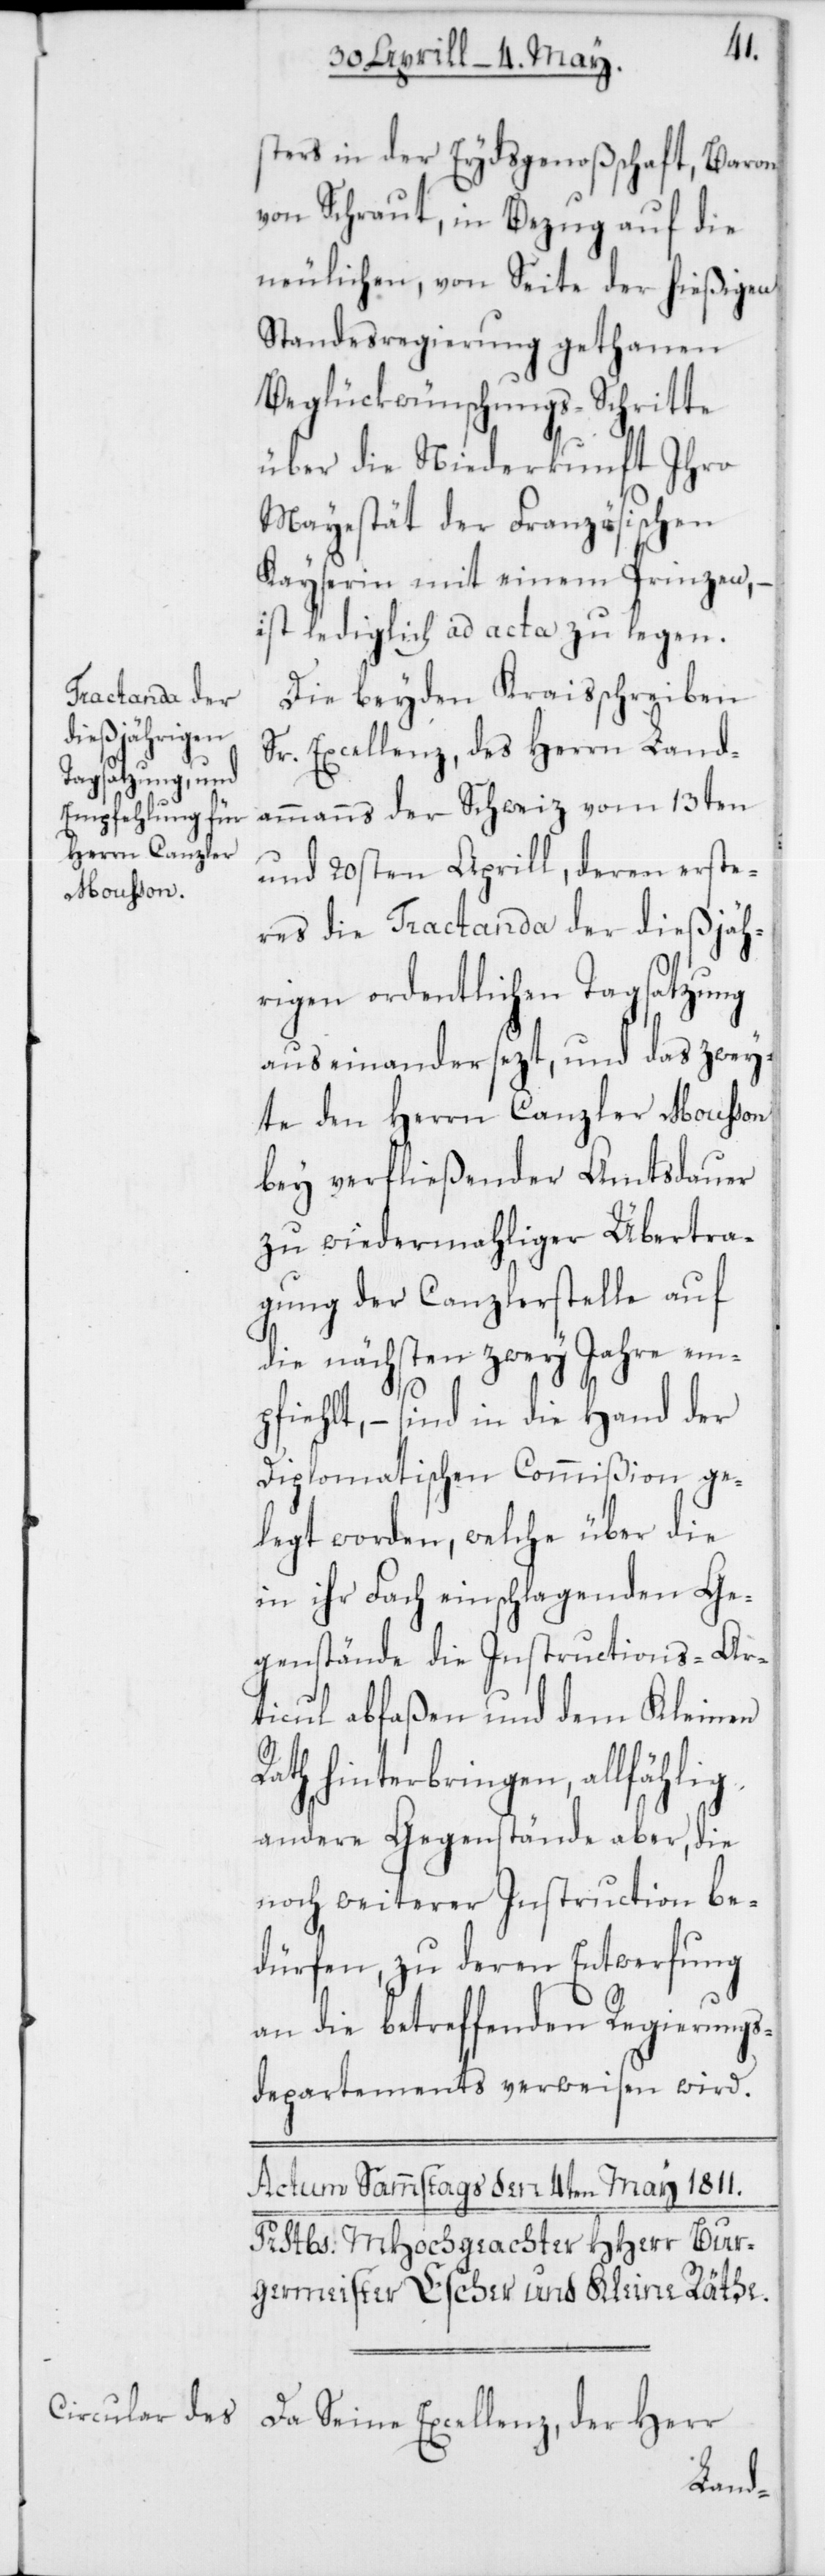
sters in der Eydsgenoßschaft, Baron
von Schraut, in Bezug auf die
neulichen, von Seite der hießigen
Standesregierung gethanen
Beglückwünschungs-Schritte
über die Niederkunft Ihro
Mayestät der Französischen
Kayserin mit einem Prinzen,
ist lediglich ad acta zu legen.
Die beyden Kraisschreiben
Sr. Excellenz, des Herrn Land¬
ammanns der Schweiz vom 13ten
und 20sten Aprill, deren erste¬
res die Tractanda der dießjäh¬
rigen ordentlichen Tagsatzung
auseinandersezt, und das zwey¬
te den Herrn Canzler Moußon
bey verfließender Amtsdauer
zu wiedermahliger Übertra¬
gung der Canzlerstelle auf
die nächsten zwey Jahre em¬
pfiehlt, – sind in die Hand der
Diplomatischen Commißion ge¬
legt worden, welche über die
in ihr Fach einschlagenden Ge¬
genstände die Instructions-Ar¬
ticul abfaßen und dem Kleinen
Rath hinterbringen, allfählig
andere Gegenstände aber, die
noch weiterer Instruction be¬
dürfen, zu deren Entwerfung
an die betreffenden Regierungs¬
departements verweisen wird.